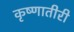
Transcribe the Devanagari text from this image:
कृष्णातीरी